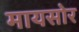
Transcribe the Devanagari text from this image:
मायसोर